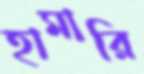
হামারি